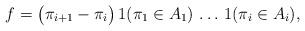
LaTeX: \begin{align*}f=\bigl(\pi_{i+1}-\pi_i\bigr)\,1(\pi_1\in A_1)\,\ldots\,1(\pi_i\in A_i),\end{align*}